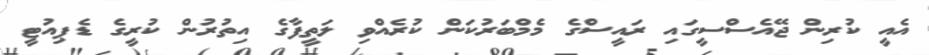
އެއީ ކުރިން ޖޭއެސްސީގައި ރައީސްގެ މެމްބަރުކަން ކުރެއްވި ލަތީފާގެ އިތުރުން ކުރީގެ ޑެޕިއުޓީ